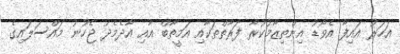
އަހަރު އައިފާ އެވޯޑު އިންތިޒާމުކުރާ ފަރާތްތަކާއި އަމީތާބް އާއި އާދެމެދު ޖެހުނު މައްސަލައިގެ